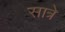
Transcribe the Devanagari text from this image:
सात्रे